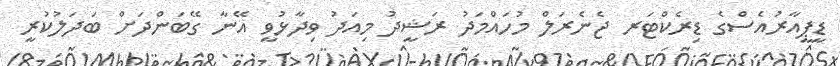
ޑީޕީއާރުއެސްގެ ޑިރެކްޓަރ ޖެނެރަލް މުހައްމަދު ރަޝީދު މިއަދު ވިދާޅުވީ އޭނާ ގޭބަންދަށް ބަދަލުކުރީ